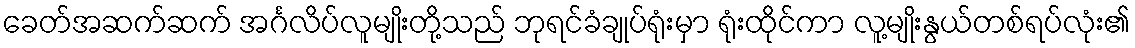
ခေတ်အဆက်ဆက် အင်္ဂလိပ်လူမျိုးတို့သည် ဘုရင်ခံချုပ်ရုံးမှာ ရုံးထိုင်ကာ လူ့မျိုးနွယ်တစ်ရပ်လုံး၏